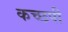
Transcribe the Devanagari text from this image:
कच्छपी